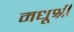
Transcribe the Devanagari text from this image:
मधूश्री